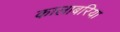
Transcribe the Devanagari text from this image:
कालाबरिया